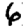
Digit: 6